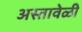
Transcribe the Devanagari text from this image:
अस्तावेळी